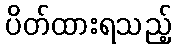
ပိတ်ထားရသည့်